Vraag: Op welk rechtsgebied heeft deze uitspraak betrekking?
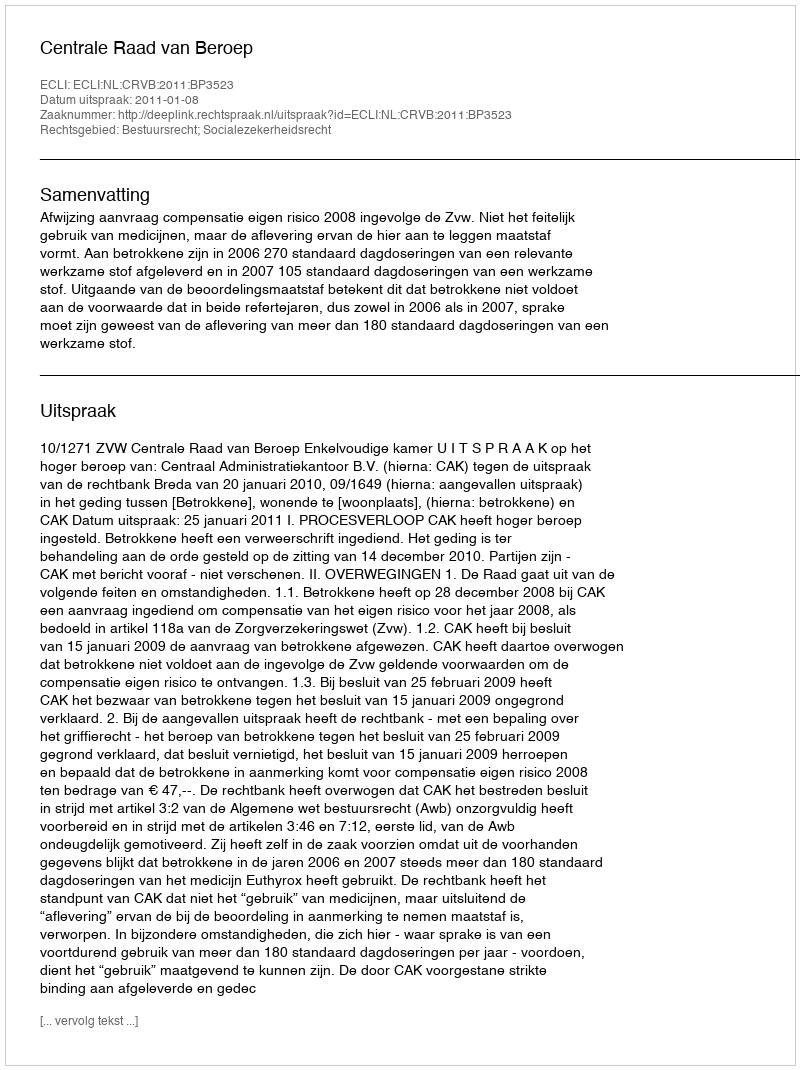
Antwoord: Bestuursrecht; Socialezekerheidsrecht